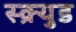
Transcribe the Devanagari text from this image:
स्क्र्युड